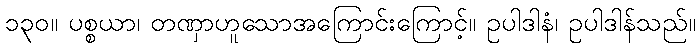
၁၃၀။ ပစ္စယာ၊ တဏှာဟူသောအကြောင်းကြောင့်။ ဥပါဒါနံ၊ ဥပါဒါန်သည်။